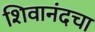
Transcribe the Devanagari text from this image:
शिवानंदचा